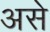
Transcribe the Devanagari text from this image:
असेे